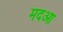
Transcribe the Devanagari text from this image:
मदआ